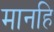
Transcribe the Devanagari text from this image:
मानहि